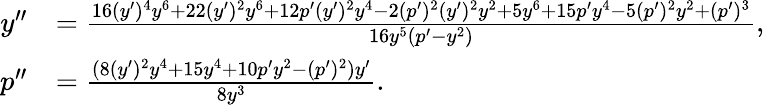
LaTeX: \begin{array}{rl}{y^{\prime\prime}}&{=\frac{16(y^{\prime})^{4}y^{6}+22(y^{\prime})^{2}y^{6}+12p^{\prime}(y^{\prime})^{2}y^{4}-2(p^{\prime})^{2}(y^{\prime})^{2}y^{2}+5y^{6}+15p^{\prime}y^{4}-5(p^{\prime})^{2}y^{2}+(p^{\prime})^{3}}{16y^{5}(p^{\prime}-y^{2})},}\\ {p^{\prime\prime}}&{=\frac{(8(y^{\prime})^{2}y^{4}+15y^{4}+10p^{\prime}y^{2}-(p^{\prime})^{2})y^{\prime}}{8y^{3}}.}\end{array}